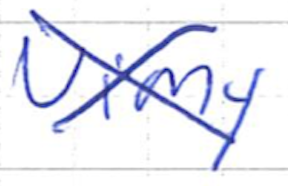
Text: Vimy
Cross-out: cross
Writing tool: ballpoint